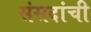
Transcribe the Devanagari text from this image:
संसदांची